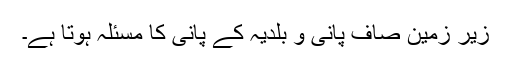
زیرِ زمین صاف پانی و بلدیہ کے پانی کا مسئلہ ہوتا ہے۔